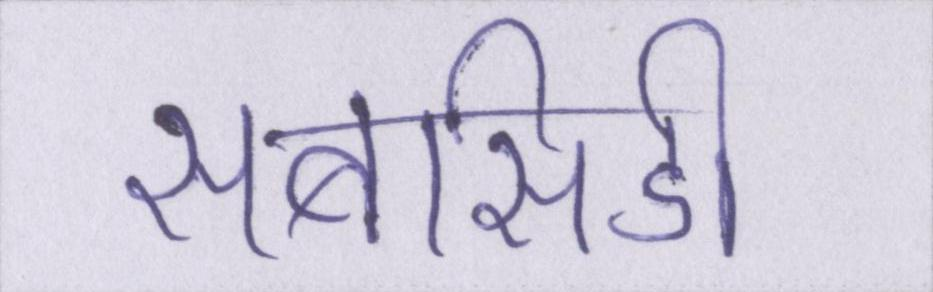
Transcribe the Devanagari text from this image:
सबसिडी